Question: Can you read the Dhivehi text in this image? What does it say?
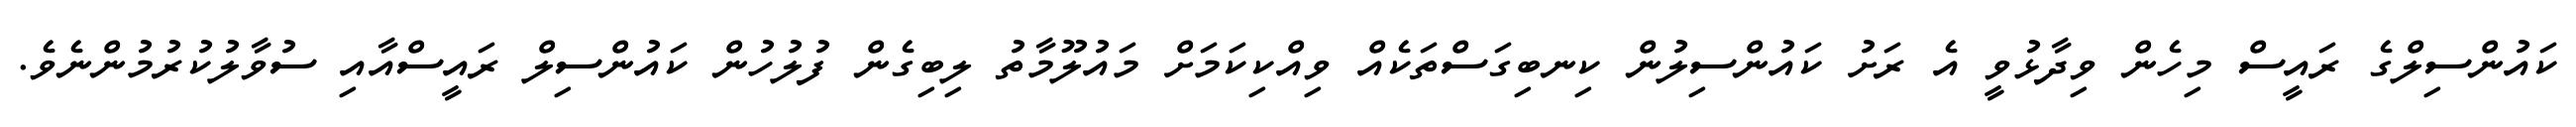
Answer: ކައުންސިލްގެ ރައީސް މިހެން ވިދާޅުވީ އެ ރަށު ކައުންސިލުން ކިނބިގަސްތަކެއް ވިއްކިކަމަށް މައުލޫމާތު ލިބިގެން ފުލުހުން ކައުންސިލް ރައީސްއާއި ސުވާލުކުރުމުންނެވެ.